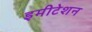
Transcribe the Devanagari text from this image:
इमीटेशन